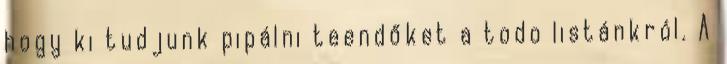
hogy ki tudjunk pipálni teendőket a todo listánkról. A